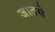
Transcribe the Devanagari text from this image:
जातसे